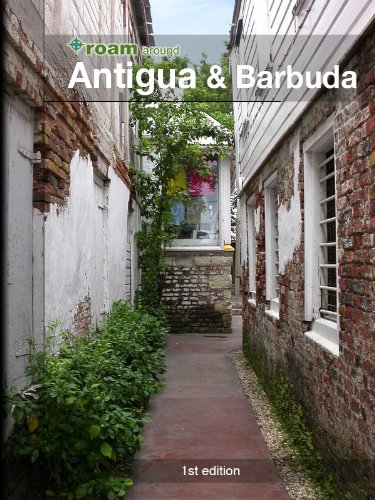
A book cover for roam around Antigua & Barbuda; AR Corbin; Travel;